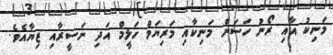
މަނިކު އާއި ރޯނު ހަސަން މަނިކާއި މަރިޔަމް ހަލީމް އަދި ނަސީރާއި ޒިޔާއެވެ.